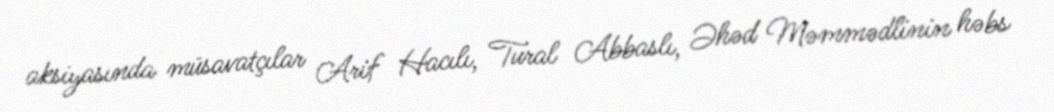
aksiyasında müsavatçılar Arif Hacılı, Tural Abbaslı, Əhəd Məmmədlinin həbs